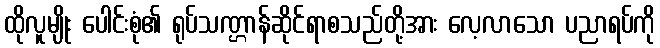
ထိုလူမျိုး ပေါင်းစုံ၏ ရုပ်သဏ္ဌာန်ဆိုင်ရာစသည်တို့အား လေ့လာသော ပညာရပ်ကို